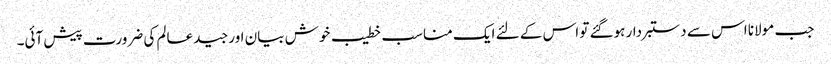
جب مولانا اس سے دستبردار ہوگئے تو اس کے لئے ایک مناسب خطیب خوش بیان اور جید عالم کی ضرورت پیش آئی۔